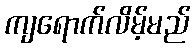
ကျရောက်လိမ့်မည်